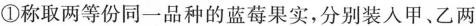
①称取两等份同一品种的蓝莓果实，分别装入甲、乙两